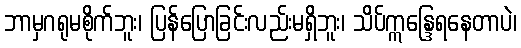
ဘာမှဂရုမစိုက်ဘူး၊ ပြန်ပြောခြင်းလည်းမရှိဘူး၊ သိပ်ဣန္ဒြေရနေတာပဲ၊